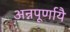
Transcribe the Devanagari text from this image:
अन्नपूर्णायै